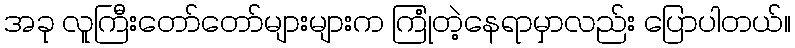
အခု လူကြီးတော်တော်များများက ကြုံတဲ့နေရာမှာလည်း ပြောပါတယ်။